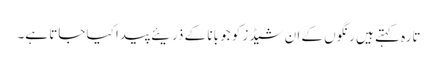
تارہ کہتے ہیں رنگوں کے ان شیڈز کو جو بانا کے ذریئے پیدا کیا جاتا ہے۔